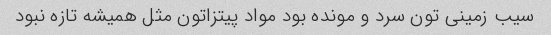
سیب زمینی تون سرد و مونده بود مواد پیتزاتون مثل همیشه تازه نبود